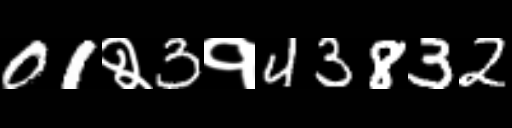
Text: 01२3१43832